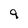
Character: 9